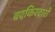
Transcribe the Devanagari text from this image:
बदकिरदारों